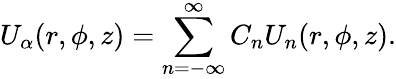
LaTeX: U_{\alpha}(r,\phi,z)=\sum_{n=-\infty}^{\infty}C_{n}U_{n}(r,\phi,z).